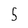
Character: 5